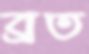
ব্রত